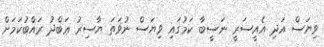
ވިޔަސް އަދި އެއީސަރީ ނަސީބާ ކަމުގައި ވިޔަސް ނުވަތަ ޔާސިރު ޢަބްދު ރައްބުކަމަށް